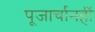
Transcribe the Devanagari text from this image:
पूजार्चानहीं